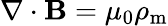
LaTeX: \nabla\cdot\mathbf{B}=\mu_{0}\rho_{\mathrm{m}}